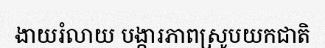
ងាយរំលាយ បង្ការភាពស្រូបយកជាតិ